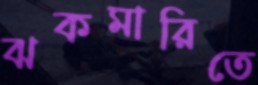
ঝকমারিতে